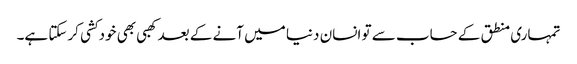
تمہاری منطق کے حساب سے تو انسان دنیا میں آنے کے بعد کھبی بھی خودکشی کرسکتا ہے۔